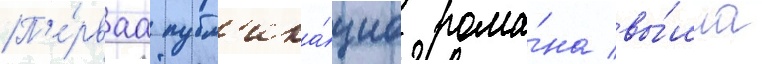
П'е́рваа публ'ика́циа рома́на вы́шла